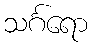
သင်္ဂရော